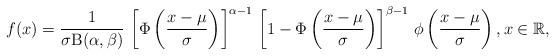
LaTeX: \begin{align*}f(x)=\frac{1}{\sigma\mathrm{B}(\alpha,\beta)}\,\left[\Phi\left( \frac{x-\mu}{\sigma} \right)\right]^{\alpha-1}\,\left[1-\Phi\left(\frac{x-\mu}{\sigma} \right)\right]^{\beta-1}\,\phi\left(\frac{x-\mu}{\sigma} \right),x\in\mathbb{R},\end{align*}